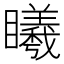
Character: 䂀